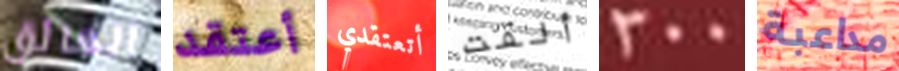
العائق أعتقد أتعتقدي ألقت 300 مداعبة